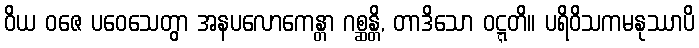
ဝိယ ဝဇေ ပဝေသေတွာ အနပလောကေန္တာ ဂစ္ဆန္တိ, တာဒိသော ဝဋ္ဋတိ။ ပရိဝိသကမနုဿာပိ